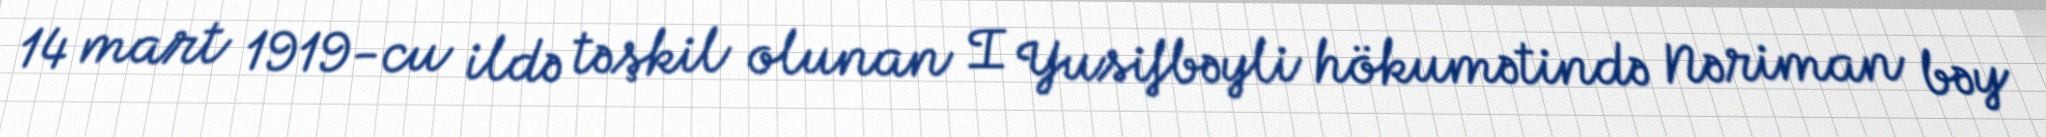
14 mart 1919-cu ildə təşkil olunan I Yusifbəyli hökumətində Nəriman bəy